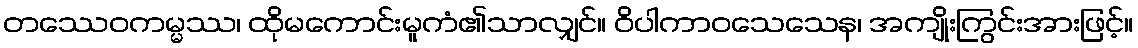
တဿေဝကမ္မဿ၊ ထိုမကောင်းမူကံ၏သာလျှင်။ ဝိပါကာဝသေသေန၊ အကျိုးကြွင်းအားဖြင့်။